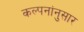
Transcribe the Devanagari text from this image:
कल्पनांनुसार